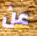
عن